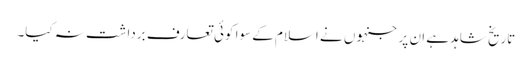
تاریخ شاہد ہے ان پر جنہوں نے اسلام کے سوا کوئی تعارف برداشت نہ کیا۔